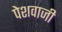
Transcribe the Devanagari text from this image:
पेशवाजी